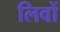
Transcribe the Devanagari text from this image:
लिवों